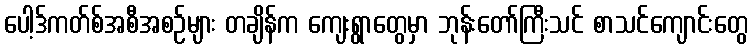
ပေါ့ဒ်ကတ်စ်အစီအစဉ်များ တချိန်က ကျေးရွာတွေမှာ ဘုန်းတော်ကြီးသင် စာသင်ကျောင်းတွေ